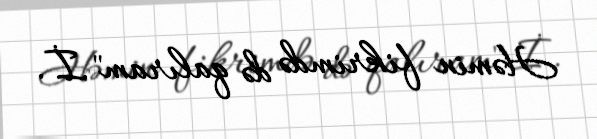
Həmin fikrimdə də qalıram".İ.